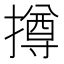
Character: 撙